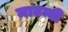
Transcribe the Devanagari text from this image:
माटम्बी